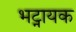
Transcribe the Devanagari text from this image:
भट्नायक